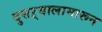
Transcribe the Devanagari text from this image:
दुसऱ्यालामारून